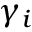
\gamma _ { i }